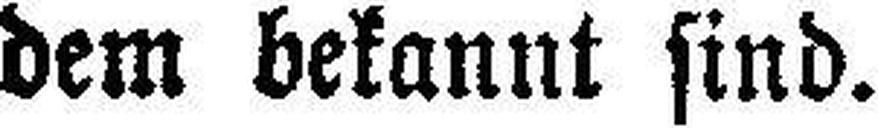
dem bekannt sind.